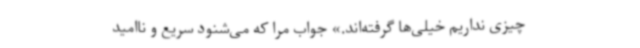
چیزی نداریم خیلی‌ها گرفته‌اند.» جواب مرا که می‌شنود سریع و ناامید